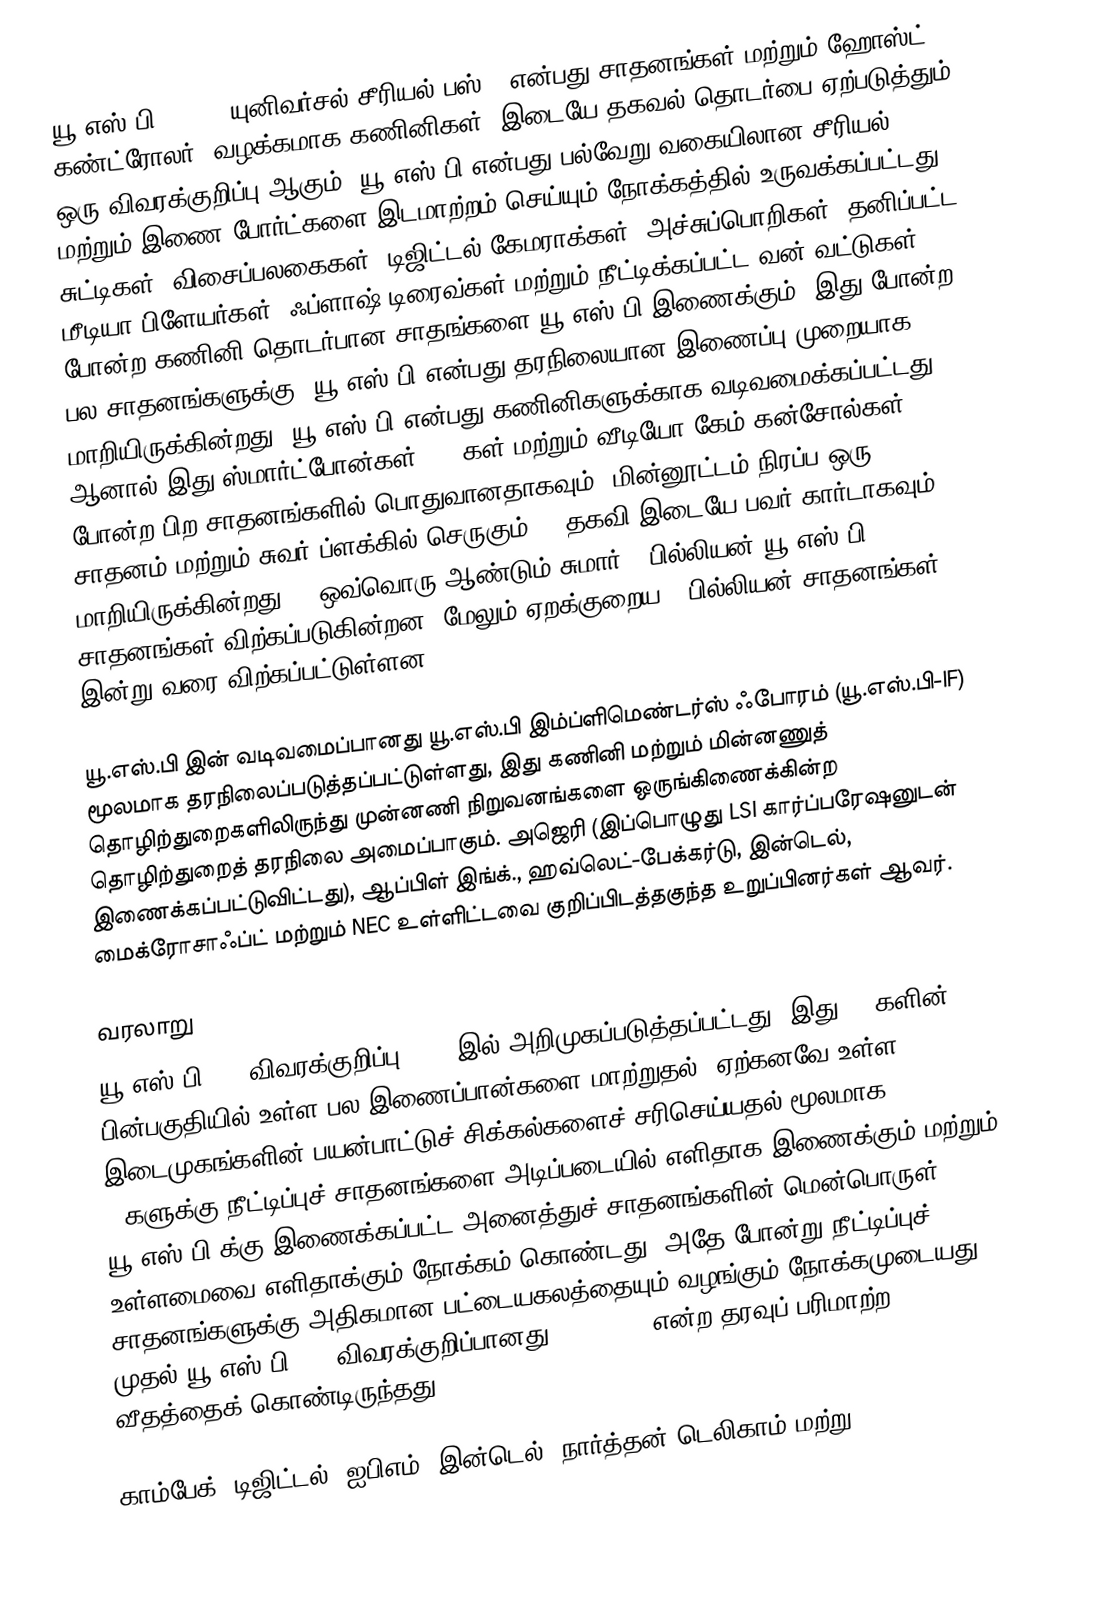
யூ.எஸ்.பி (USB) (யுனிவர்சல் சீரியல் பஸ் ) என்பது சாதனங்கள் மற்றும் ஹோஸ்ட் கண்ட்ரோலர் (வழக்கமாக கணினிகள்) இடையே தகவல் தொடர்பை ஏற்படுத்தும் ஒரு விவரக்குறிப்பு ஆகும். யூ.எஸ்.பி என்பது பல்வேறு வகையிலான சீரியல் மற்றும் இணை போர்ட்களை இடமாற்றம் செய்யும் நோக்கத்தில் உருவக்கப்பட்டது. சுட்டிகள், விசைப்பலகைகள், டிஜிட்டல் கேமராக்கள், அச்சுப்பொறிகள், தனிப்பட்ட மீடியா பிளேயர்கள், ஃப்ளாஷ் டிரைவ்கள் மற்றும் நீட்டிக்கப்பட்ட வன் வட்டுகள் போன்ற கணினி தொடர்பான சாதங்களை யூ.எஸ்.பி இணைக்கும். இது போன்ற பல சாதனங்களுக்கு, யூ.எஸ்.பி என்பது தரநிலையான இணைப்பு முறையாக மாறியிருக்கின்றது. யூ.எஸ்.பி என்பது கணினிகளுக்காக வடிவமைக்கப்பட்டது, ஆனால் இது ஸ்மார்ட்போன்கள், PDAகள் மற்றும் வீடியோ கேம் கன்சோல்கள் போன்ற பிற சாதனங்களில் பொதுவானதாகவும், மின்னூட்டம் நிரப்ப ஒரு சாதனம் மற்றும் சுவர் ப்ளக்கில் செருகும் AC தகவி இடையே பவர் கார்டாகவும் மாறியிருக்கின்றது. , ஒவ்வொரு ஆண்டும் சுமார் 2 பில்லியன் யூ.எஸ்.பி சாதனங்கள் விற்கப்படுகின்றன, மேலும் ஏறக்குறைய 6 பில்லியன் சாதனங்கள் இன்று வரை விற்கப்பட்டுள்ளன.

யூ.எஸ்.பி இன் வடிவமைப்பானது யூ.எஸ்.பி இம்ப்ளிமெண்டர்ஸ் ஃபோரம் (யூ.எஸ்.பி-IF) மூலமாக தரநிலைப்படுத்தப்பட்டுள்ளது, இது கணினி மற்றும் மின்னணுத் தொழிற்துறைகளிலிருந்து முன்னணி நிறுவனங்களை ஒருங்கிணைக்கின்ற தொழிற்துறைத் தரநிலை அமைப்பாகும். அஜெரி (இப்பொழுது LSI கார்ப்பரேஷனுடன் இணைக்கப்பட்டுவிட்டது), ஆப்பிள் இங்க்., ஹவ்லெட்-பேக்கர்டு, இன்டெல், மைக்ரோசாஃப்ட் மற்றும் NEC உள்ளிட்டவை குறிப்பிடத்தகுந்த உறுப்பினர்கள் ஆவர்.

வரலாறு
யூ.எஸ்.பி 1.0 விவரக்குறிப்பு 1996 இல் அறிமுகப்படுத்தப்பட்டது. இது, PCகளின் பின்பகுதியில் உள்ள பல இணைப்பான்களை மாற்றுதல், ஏற்கனவே உள்ள இடைமுகங்களின் பயன்பாட்டுச் சிக்கல்களைச் சரிசெய்யதல் மூலமாக PCகளுக்கு நீட்டிப்புச் சாதனங்களை அடிப்படையில் எளிதாக இணைக்கும் மற்றும் யூ.எஸ்.பி க்கு இணைக்கப்பட்ட அனைத்துச் சாதனங்களின் மென்பொருள் உள்ளமைவை எளிதாக்கும் நோக்கம் கொண்டது, அதே போன்று நீட்டிப்புச் சாதனங்களுக்கு அதிகமான பட்டையகலத்தையும் வழங்கும் நோக்கமுடையது. முதல் யூ.எஸ்.பி 1.0 விவரக்குறிப்பானது 12 Mbit/s என்ற தரவுப் பரிமாற்ற வீதத்தைக் கொண்டிருந்தது.

காம்பேக், டிஜிட்டல், ஐபிஎம், இன்டெல், நார்த்தன் டெலிகாம் மற்று